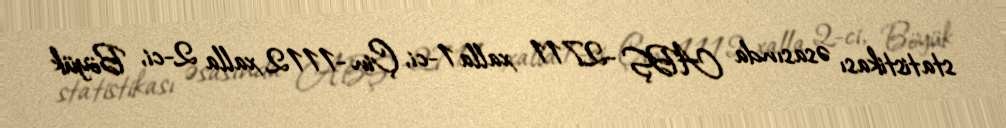
statistikası əsasında ABŞ -2711 xalla 1-ci, Çin -1112 xalla 2-ci, Böyük